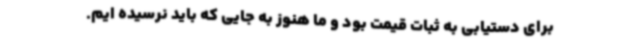
برای دستیابی به ثبات قیمت بود و ما هنوز به جایی که باید نرسیده ایم.